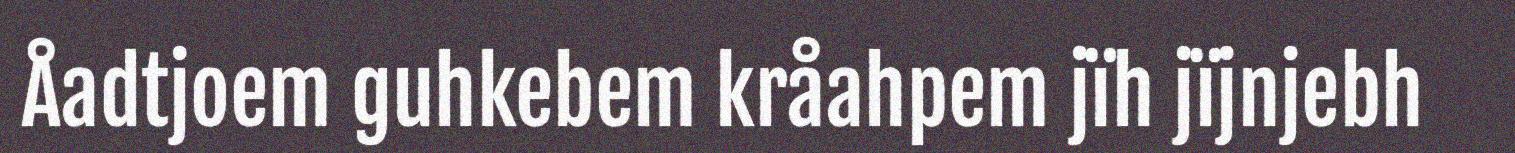
Åadtjoem guhkebem kråahpem jïh jïjnjebh